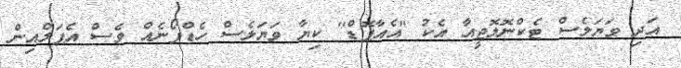
އަދި ވަޔަލެސް ޓެކްނޮލޮޖީއާ އެކު "އެއާޕޮޑް" ކިޔާ ވަޔަލެސް ހެޑްފޯނެއް ވެސް އެޕަލްއިން